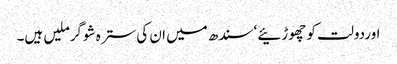
اوردولت کو چھوڑئیے ‘سندھ میں ان کی سترہ شوگرملیں ہیں۔